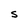
Character: S